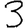
Digit: 3